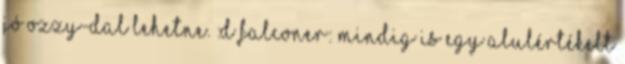
jó Ozzy-dal lehetne. :D Falconer: Mindig is egy alulértékelt